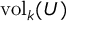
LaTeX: { \mathrm { v o l } } _ { k } ( U )